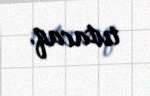
tutacaq.